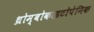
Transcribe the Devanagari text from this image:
थ्रोम्बोकाइटोपेनिक